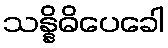
သန္နိဓိပေခေါ